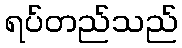
ရပ်တည်သည်